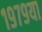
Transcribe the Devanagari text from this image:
१९७९या